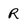
Character: R